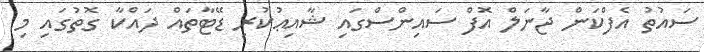
ސައުތު އެފްކަން ޖާނަލް އޮފް ސައިންސްގައި ޝާއިޢުކުރި ޑޭޓާތައް ދައްކާ ގޮތުގައި މި